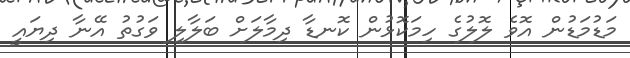
މަޑުމަޑުން އޮވެ ލޮލުގެ ހިމަކޮޅުން ކޮނޑާ ދިމާލަށް ބަލާލި ވަގުތު އޭނާ ދިޔައީ